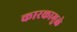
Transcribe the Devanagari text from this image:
कारकामुळे